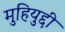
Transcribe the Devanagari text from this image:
मुहियुद्दी